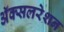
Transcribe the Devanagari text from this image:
अॅक्सलरेशन